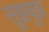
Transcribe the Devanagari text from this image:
सूझबुझ